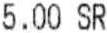
5.00 SR